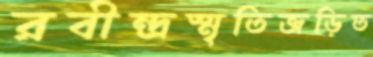
রবীন্দ্রস্মৃতিজড়িত